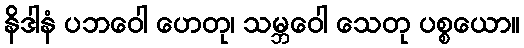
နိဒါနံ ပဘဝေါ ဟေတု၊ သမ္ဘဝေါ သေတု ပစ္စယော။